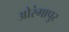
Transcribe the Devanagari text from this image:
ओरंगापुर